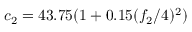
c _ { 2 } = 4 3 . 7 5 ( 1 + 0 . 1 5 ( { f _ { 2 } } / { 4 } ) ^ { 2 } )